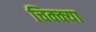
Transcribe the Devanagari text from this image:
चिक्क्या